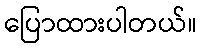
ပြောထားပါတယ်။